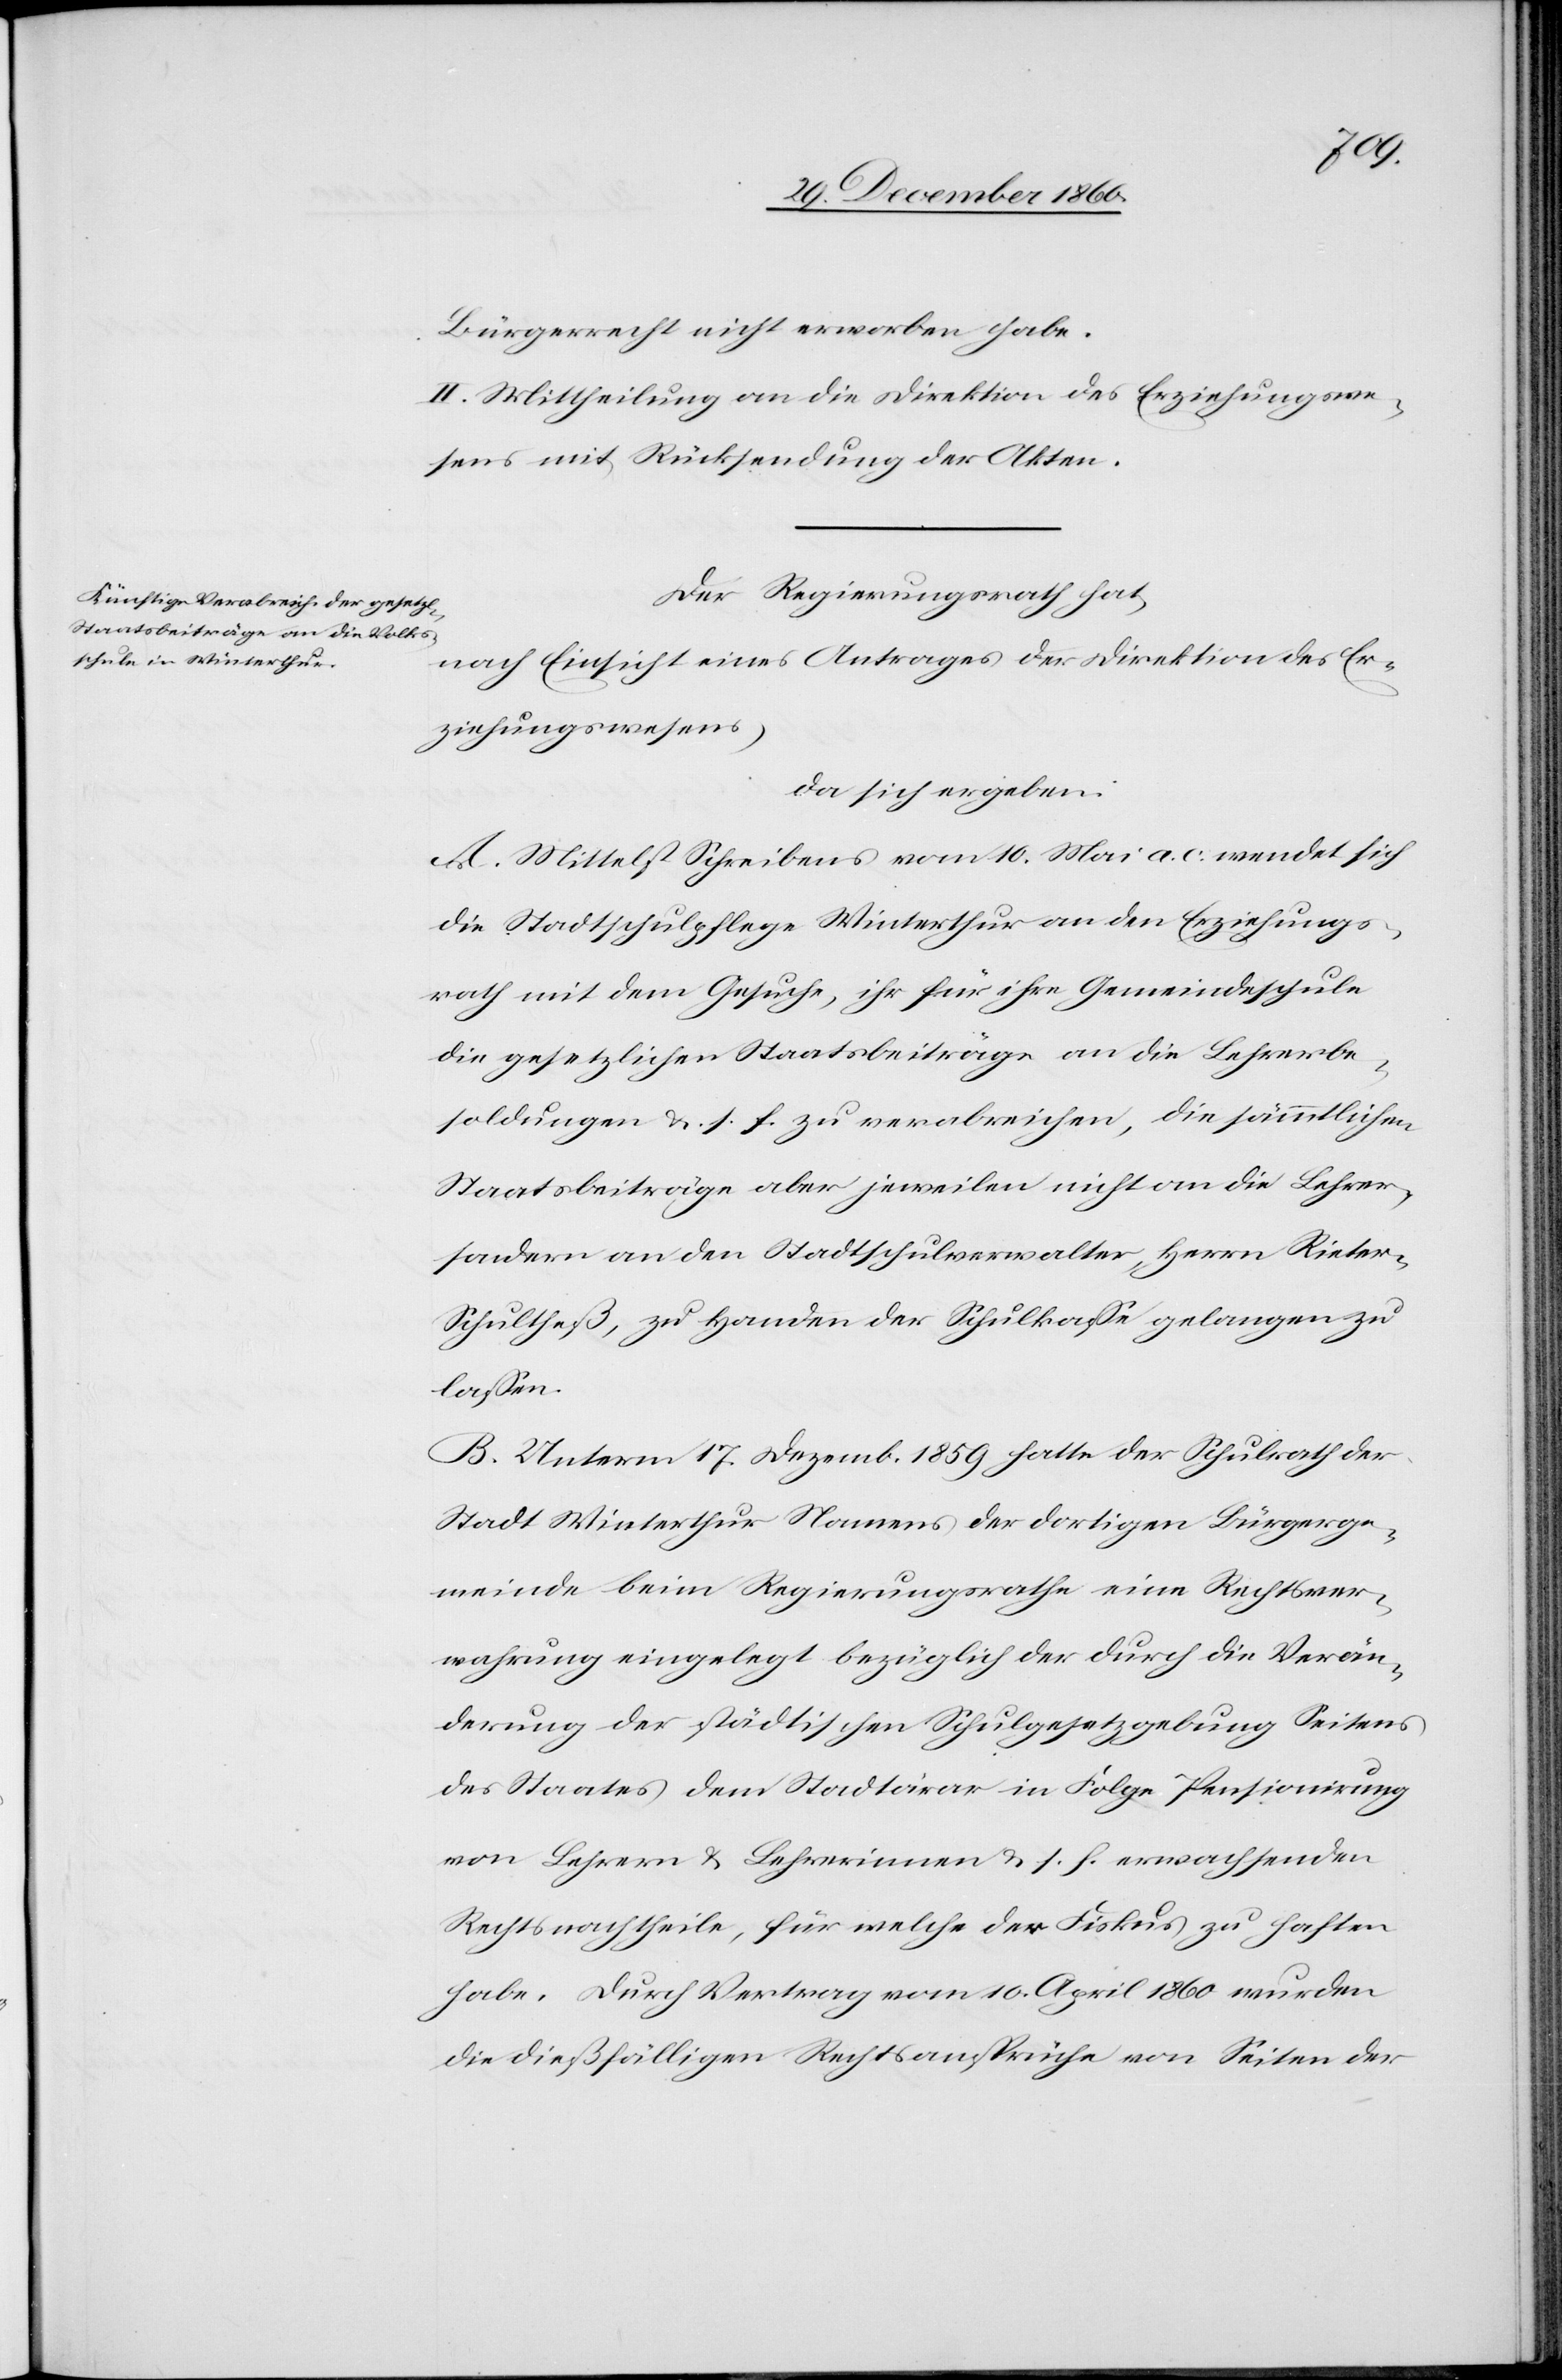
Bürgerrecht nicht erworben habe.
II. Mittheilung an die Direktion des Erziehungswe¬
sens mit Rücksendung der Akten.
Der Regierungsrath hat,
nach Einsicht eines Antrages der Direktion des Er¬
ziehungswesens,
da sich ergeben:
A. Mittelst Schreibens vom 10. Mai a. c. wendet sich
die Stadtschulpflege Winterthur an den Erziehungs¬
rath mit dem Gesuche, ihr für ihre Gemeindeschule
die gesetzlichen Staatsbeiträge an die Lehrerbe¬
soldungen u. s. f. zu verabreichen, die sämmtlichen
Staatsbeiträge aber jeweilen nicht an die Lehrer,
sondern an den Stadtschulverwalter, Herrn Riete¬
r-Schultheß, zu Handen der Schulkasse gelangen zu
lassen.
B. Unterm 17. Dezemb. 1859 hatte der Schulrath der
Stadt Winterthur Namens der dortigen Bürgerge¬
meinde beim Regierungsrathe eine Rechtsver¬
wahrung eingelegt bezüglich der durch die Verän¬
derung der städtischen Schulgesetzgebung Seitens
des Staates dem Stadt[s]ärar in Folge Pensionirung
von Lehrern u. Lehrerinnen u. s. f. erwachsenden
Rechtsnachtheile, für welche der Fiskus zu haften
habe. Durch Vertrag vom 10. April 1860 wurden
die dießfälligen Rechtsansprüche von Seiten der